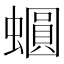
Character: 𧒪